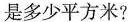
是多少平方米?